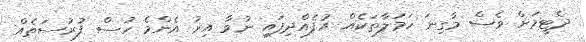
ދެޓީމަށް ވެސް މާގިނަ ހަމަލާތަކެއް އުފެއްދިފައި ނުވާ އިރު އެންމެ ހުސް ފުރުސަތެއް